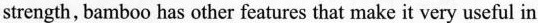
strength, bamboo has other features that make it very useful in